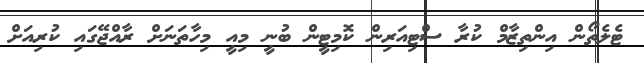
ޓެލެތޯން އިންތިޒާމް ކުރާ ސްޓިއަރިން ކޮމިޓީން ބުނީ މިއީ މިހާތަނަށް ރާއްޖޭގައި ކުރިއަށް